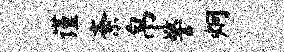
谨紊帛警炯